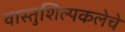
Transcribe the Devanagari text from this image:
वास्तुशिल्पकलेचे